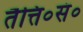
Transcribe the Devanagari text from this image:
तैत्ति०सं०